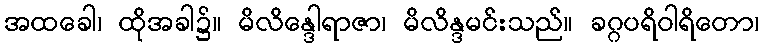
အထခေါ၊ ထိုအခါ၌။ မိလိန္ဒေါရာဇာ၊ မိလိန္ဒမင်းသည်။ ခဂ္ဂပရိဝါရိတော၊